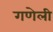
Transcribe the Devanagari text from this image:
गणेली